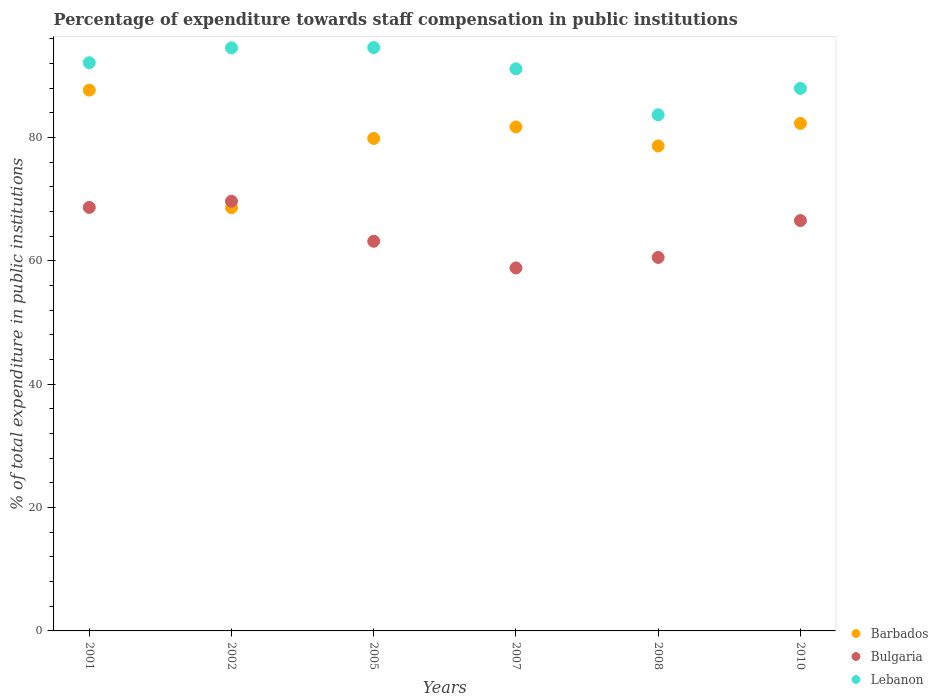
| Years | Barbados | Bulgaria | Lebanon |
 | --- | --- | --- | --- |
 | 2001 | 87.7 | 68.7 | 92.2 |
 | 2002 | 68.6 | 69.7 | 94.6 |
 | 2005 | 79.9 | 63.2 | 94.6 |
 | 2007 | 81.7 | 58.9 | 91.2 |
 | 2008 | 78.6 | 60.6 | 83.7 |
 | 2010 | 82.3 | 66.6 | 88 |